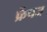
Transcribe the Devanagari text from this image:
फ्रेंचज